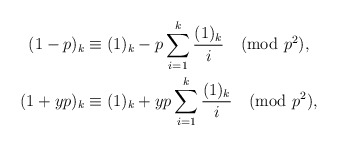
\begin{align*}(1-p)_k & \equiv (1)_k -p\sum_{i=1}^k\frac{(1)_k}{i} \pmod{p^2}, \\(1+yp)_k & \equiv (1)_k +yp\sum_{i=1}^k\frac{(1)_k}{i} \pmod{p^2},\end{align*}